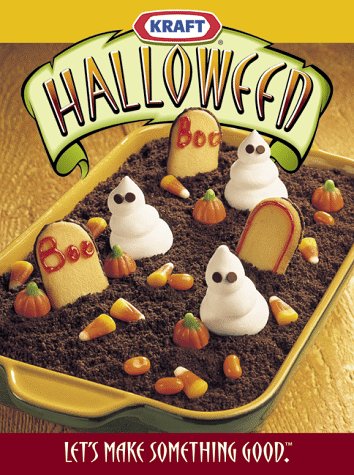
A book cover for Halloween: Let's Make Something Good; Kraft; Cookbooks, Food & Wine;